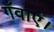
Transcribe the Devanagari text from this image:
गँवाएं।